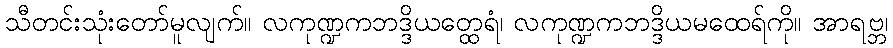
သီတင်းသုံးတော်မူလျက်။ လကုဏ္ဍကဘဒ္ဒိယတ္ထေရံ၊ လကုဏ္ဍကဘဒ္ဒိယမထေရ်ကို။ အာရဗ္ဘ၊